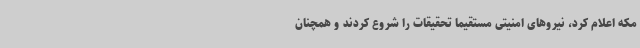
مکه اعلام کرد، نیروهای امنیتی مستقیما تحقیقات را شروع کردند و همچنان